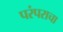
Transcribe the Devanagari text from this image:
परंपराचा